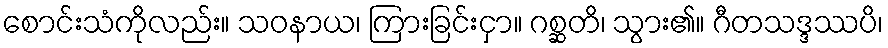
စောင်းသံကိုလည်း။ သဝနာယ၊ ကြားခြင်းငှာ။ ဂစ္ဆတိ၊ သွား၏။ ဂီတသဒ္ဒဿပိ၊